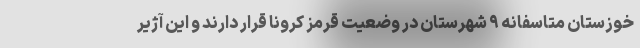
خوزستان متاسفانه ۹ شهرستان در وضعیت قرمز کرونا قرار دارند و این آژیر